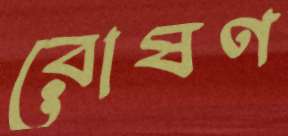
রোষণ